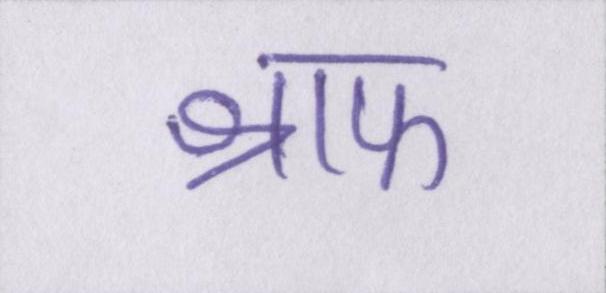
श्राफ